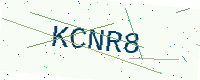
Text: KCNR8